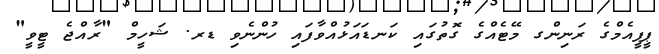
ޕީޕީއެމްގެ ރަނިންގ މޭޓެއްގެ ގޮތުގައި ކަނޑައަޅުއްވާފައި ހުންނެވި ޑރ. ޝަހީމް "ރާއްޖެ ޓީވީ"